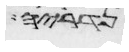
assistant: נדריה